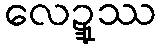
လေဍ္ဍုဿ